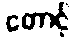
တောင့်